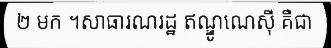
២ មក ។សាធារណរដ្ឋ ឥណ្ឌូណេស៊ី គឺជា